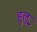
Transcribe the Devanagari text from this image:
हुलू